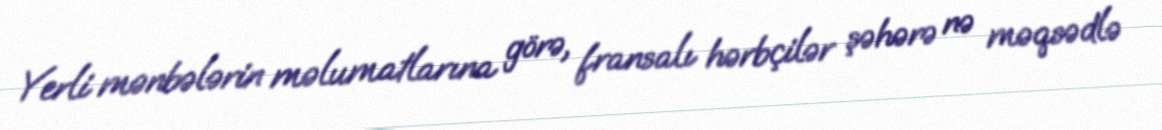
Yerli mənbələrin məlumatlarına görə, fransalı hərbçilər şəhərə nə məqsədlə